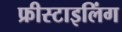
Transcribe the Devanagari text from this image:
फ्रीस्टाइलिंग